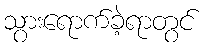
သွားရောက်ခဲ့ရာတွင်